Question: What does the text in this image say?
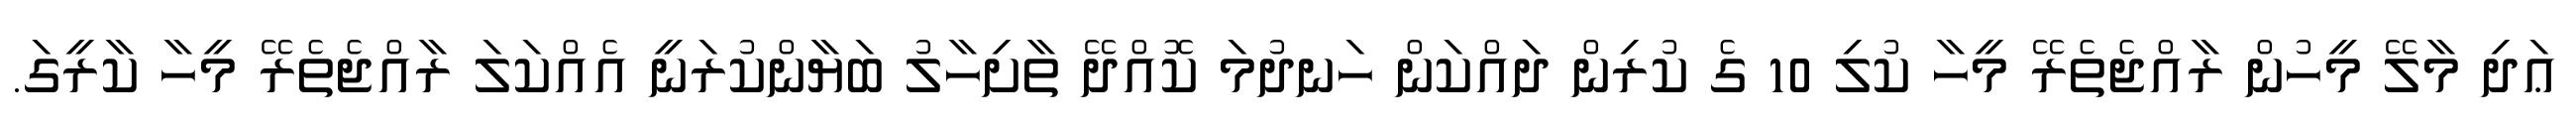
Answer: ޢަދި މާލޭ މީހުން ރާއްޖެތެރޭ މީހާ ކުލި 10 ގެ ކުރިން ދައްކަން ހަނދުމަ ކޮއްދޭ ތާށިހާލު ބަޔާންކުރަނީ އެއްކަލަ ރާއްޖެތެރޭ މީހާ ކާރީގަ.